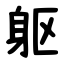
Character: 躯